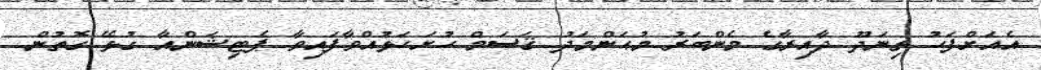
އެއަށްފަހު ތިނަދޫ ދާއިރާގެ މެންބަރު މުޙަންމަދު ޤަސަމް ހުށަހަޅުއްވާފައިވާ ޕެޓިޝަންއާ ގުޅޭ ގޮތުން